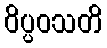
ဝိပ္ပဝသတိ